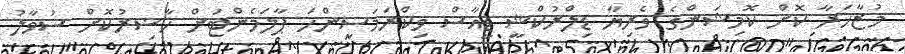
މުޒާހަރާ ކޮށް ކޮމިޝަންގެ ވެރިޔާ ޑިލްރުކްޝީ ޑީއާސް ވިކްރަމަސިންހަ ޕާލަމެންޓަށް ހާޟިރުކޮށް ސުވާލު